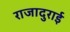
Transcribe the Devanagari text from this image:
राजादुराई